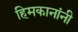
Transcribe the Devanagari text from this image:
हिमकानांनी